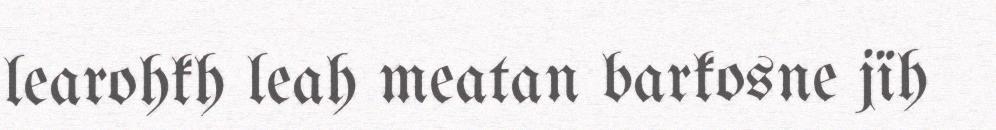
learohkh leah meatan barkosne jïh